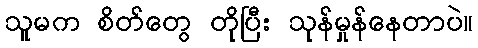
သူမက စိတ်တွေ တိုပြီး သုန်မှုန်နေတာပဲ။